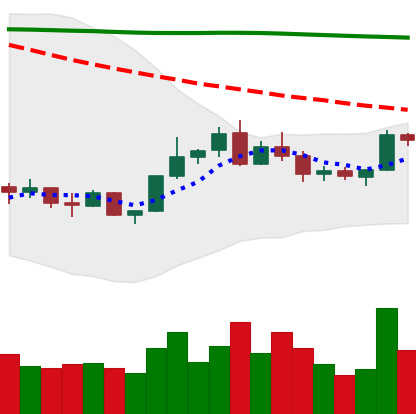
Ticker: BNB-USD
Chart end date: 2022-02-16
Forward return: -16.652%
Label: down_7plus